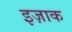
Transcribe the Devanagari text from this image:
इज़ाक